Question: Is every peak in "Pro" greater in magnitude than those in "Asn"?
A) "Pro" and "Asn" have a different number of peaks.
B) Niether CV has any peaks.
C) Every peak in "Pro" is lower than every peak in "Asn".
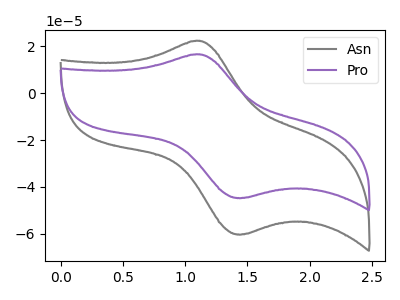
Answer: <think>The gray curve "Asn" has an anodic peak at (1.10V, 22.40uA) and a cathodic peak at (1.45V, -60.30uA). The purple curve "Pro" has an anodic peak at (1.10V, 16.60uA) and a cathodic peak at (1.45V, -44.75uA).</think>
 <answer>C) Every peak in "Pro" is lower than every peak in "Asn".</answer>
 <eval>C</eval>